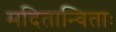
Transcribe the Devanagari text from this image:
मदितान्विताः